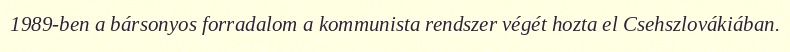
1989-ben a bársonyos forradalom a kommunista rendszer végét hozta el Csehszlovákiában.